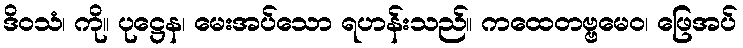
ဒိဝသံ၊ ကို။ ပုဋ္ဌေန၊ မေးအပ်သော ရဟန်းသည်။ ကထေတဗ္ဗမေဝ၊ ဖြေအပ်